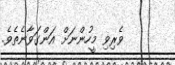
ވެރިވި މީހުންނަށް އަންގަވާނެތެވެ.